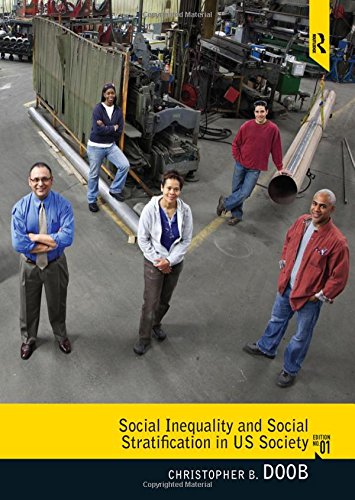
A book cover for Social Inequality and Social Stratification in U.S. Society; Christopher B. Doob; Politics & Social Sciences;